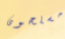
مسلحون